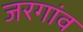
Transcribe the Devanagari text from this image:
जरगांव